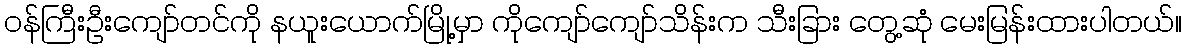
ဝန်ကြီးဦးကျော်တင်ကို နယူးယောက်မြို့မှာ ကိုကျော်ကျော်သိန်းက သီးခြား တွေ့ဆုံ မေးမြန်းထားပါတယ်။